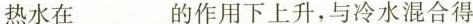
热水在___的作用下上升，与冷水混合得